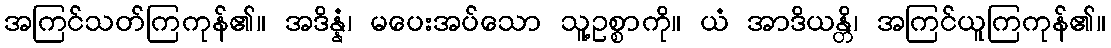
အကြင်သတ်ကြကုန်၏။ အဒိန္နံ၊ မပေးအပ်သော သူ့ဥစ္စာကို။ ယံ အာဒိယန္တိ၊ အကြင်ယူကြကုန်၏။